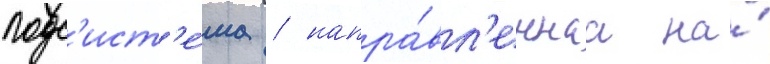
подс'ист'е́ма / напра́вл'еннаа на́